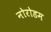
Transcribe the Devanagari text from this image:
नोरोडम